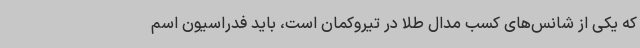
که یکی از شانس‌های کسب مدال طلا در تیروکمان است، باید فدراسیون اسم